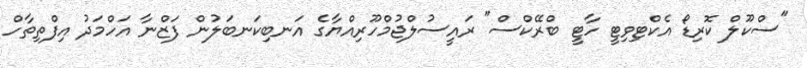
"ސްކޫލް ކޮރިޑޯ އެކްޓިވިޓީ ހާޓީ ބްރޭކްސް" ރައީސުލްޖުމްހޫރިއްޔާގެ އަނބިކަނބަލުން ފަޒްނާ އަހްމަދު އިފްތިތާހް